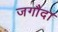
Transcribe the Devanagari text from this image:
जगौदा